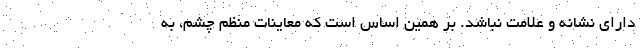
دارای نشانه و علامت نباشد. بر همین اساس است که معاینات منظم چشم، به